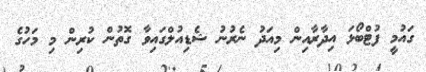
ގައުމީ ފުޓްބޯޅަ އިދާރާއިން މިއަދު ނެރުނު ޝެޑިއުލްގައިވާ ގޮތުން ކުރިން މި މަހުގެ